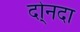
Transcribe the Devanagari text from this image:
दो्नदा